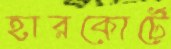
হারকোর্টে